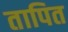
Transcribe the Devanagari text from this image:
तापित